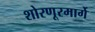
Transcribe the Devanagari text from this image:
शोरणूरमार्गे